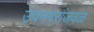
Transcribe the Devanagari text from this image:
उपनगरांजवळ